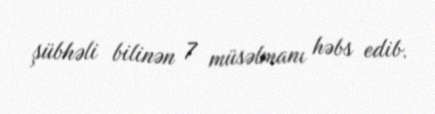
şübhəli bilinən 7 müsəlmanı həbs edib.